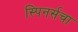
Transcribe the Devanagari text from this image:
स्पिनर्सचा